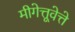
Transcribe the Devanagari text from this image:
मीगेत्तूवेत्ते